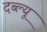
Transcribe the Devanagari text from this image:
दब्ल्यू